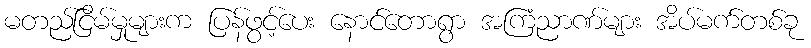
မတည်ငြိမ်မှုများက ပြန်ဖွင့်ပေး နောင်တောရွာ အကြံညာဏ်များ အိပ်မက်တစ်ခု